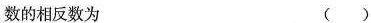
数的相反数为 ( )